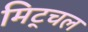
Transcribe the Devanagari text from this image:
मिट्चल